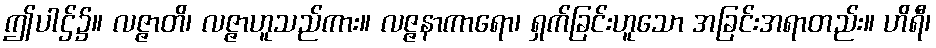
ဤပါဌ်၌။ လဇ္ဇာတိ၊ လဇ္ဇာဟူသည်ကား။ လဇ္ဇနာကာရော၊ ရှက်ခြင်းဟူသော အခြင်းအရာတည်း။ ဟိရီ၊